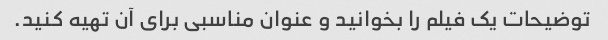
توضیحات یک فیلم را بخوانید و عنوان مناسبی برای آن تهیه کنید.